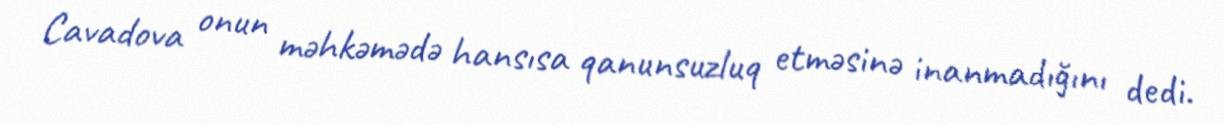
Cavadova onun məhkəmədə hansısa qanunsuzluq etməsinə inanmadığını dedi.